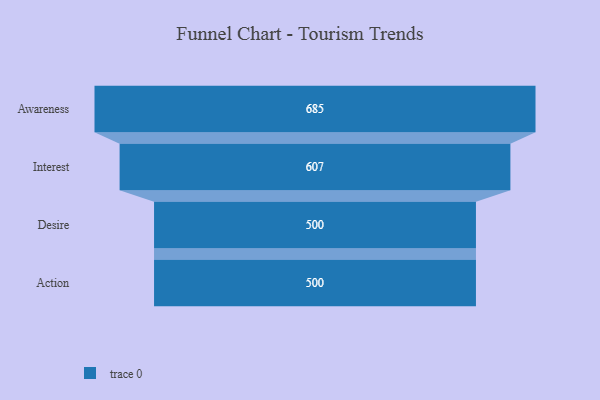
{"axis": {"x": "Stage", "y": "Value"}, "legend": [""], "data": [{"x": "Awareness", "y": 685.0, "type": ""}, {"x": "Interest", "y": 607.0, "type": ""}, {"x": "Desire", "y": 500, "type": ""}, {"x": "Action", "y": 500, "type": ""}]}